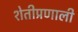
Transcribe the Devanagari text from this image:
शेतीप्रणाली